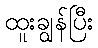
ထူးချွန်ပြီး